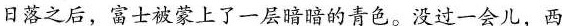
日落之后，富士被蒙上了一层暗暗的青色。没过一会儿，西